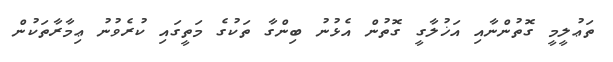
ތަޢުލީމީ ގޮތުންނާއި އަޚުލާގީ ގޮތުން އެޅުނު ބިންގާ ތަކުގެ މަތީގައި ކުރެވުނު ޢިމާރާތަކުން